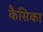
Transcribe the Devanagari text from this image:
कैसिका